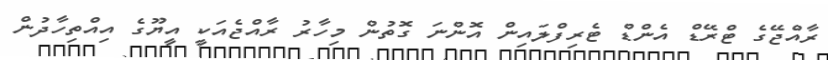
ރާއްޖޭގެ ޓްރޭޑް އެންޑް ޓެރިފްލައިން އޮންނަ ގޮތުން މިހާރު ރާއްޖެއަކީ އީޔޫގެ އިއްތިހާދުން